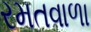
રમતવાળા